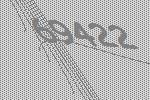
69422